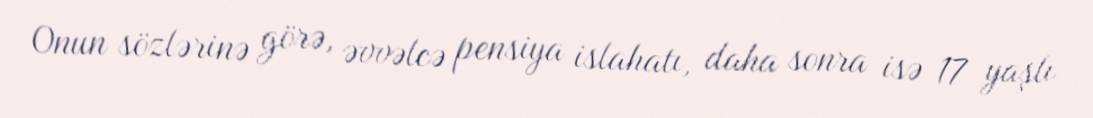
Onun sözlərinə görə, əvvəlcə pensiya islahatı, daha sonra isə 17 yaşlı